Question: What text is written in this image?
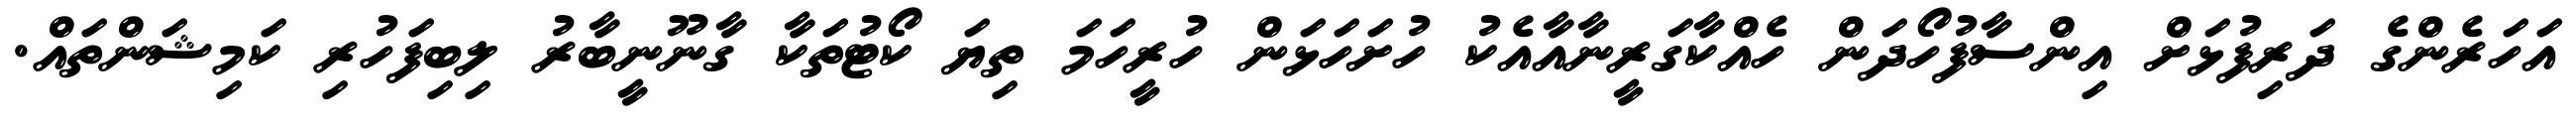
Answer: އަހަރެންގެ ދަރިފުޅަށް އިންސާފުހޯދަން ހެއްކާގަރީނާއާއެކު ހުށަހަޅަން ހުރީހަމަ ތިޔަ ކޯޓުތަކާ ގާނޫނީބާރު ލިބިފަހުރި ކަމިޝަންތައް.